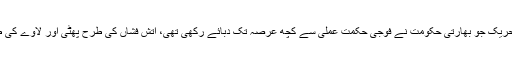
یوں آزاد خالصتان کی تحریک جو بھارتی حکومت نے فوجی حکمت عملی سے کچھ عرصہ تک دبائے رکھی تھی، آتش فشاں کی طرح پھٹی اور لاوے کی طرح دنیا میں پھیل گئی۔